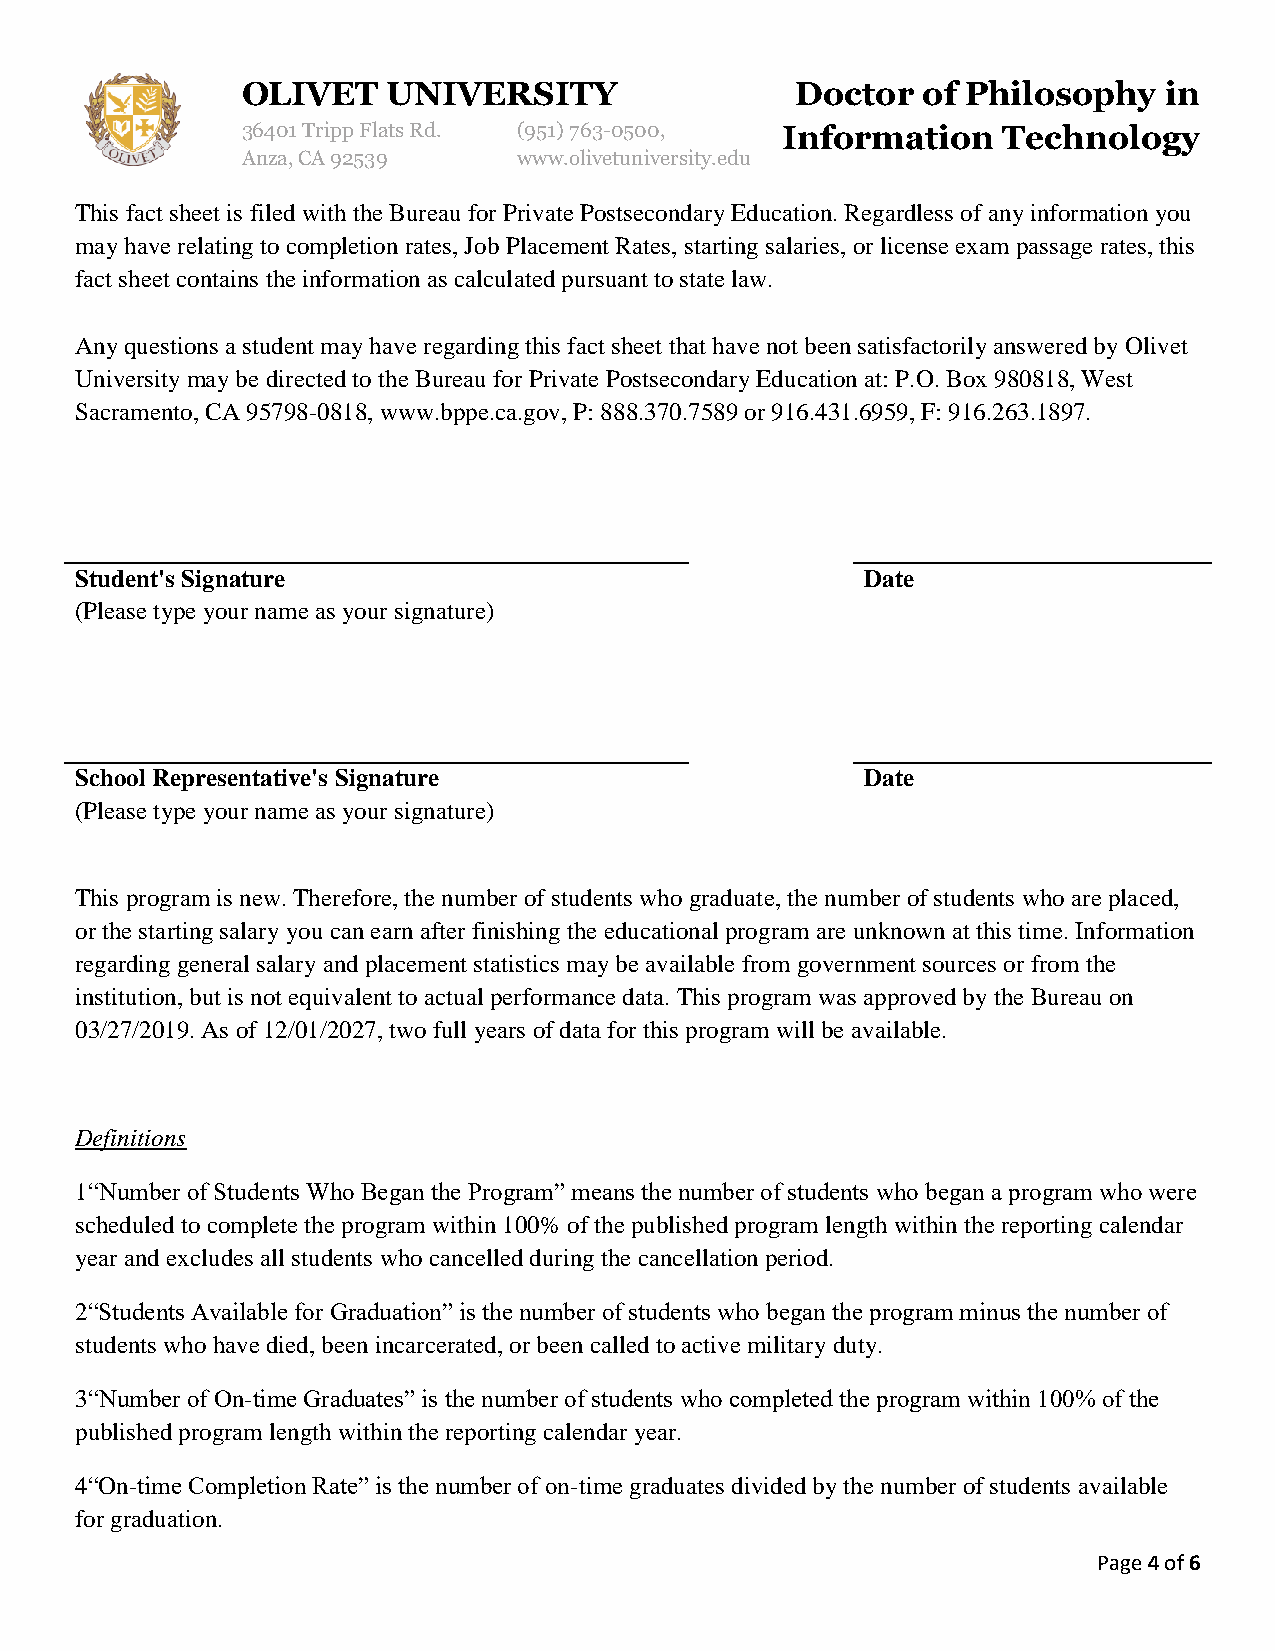
OLIVET    UNIVERSITY                 Doctor  of Philosophy   in
 36401 Tripp Flats Rd. (951)763-0500, Information  Technology
 Anza, CA 92539    www.olivetuniversity.edu
 This fact sheet is filed with the Bureau for Private Postsecondary Education. Regardless of any information you
 may have relating to completion rates, Job Placement Rates, starting salaries, or license exam passage rates, this
 fact sheet contains the information as calculated pursuant to state law.
 Any questions a student may have regarding this fact sheet that have not been satisfactorily answered by Olivet
 University may be directed to the Bureau for Private Postsecondary Education at: P.O. Box 980818, West
 Sacramento, CA 95798-0818, www.bppe.ca.gov, P: 888.370.7589 or 916.431.6959, F: 916.263.1897.
 Student's Signature                                 Date
 (Please type your name as your signature)
 School Representative's Signature                   Date
 (Please type your name as your signature)
 This program is new. Therefore, the number of students who graduate, the number of students who are placed,
 or the starting salary you can earn after finishing the educational program are unknown at this time. Information
 regarding general salary and placement statistics may be available from government sources or from the
 institution, but is not equivalent to actual performance data. This program was approved by the Bureau on
 03/27/2019. As of 12/01/2027, two full years of data for this program will be available.
 Definitions
 1“Number of Students Who Began the Program” means the number of students who began a program who were
 scheduled to complete the program within 100% of the published program length within the reporting calendar
 year and excludes all students who cancelled during the cancellation period.
 2“Students Available for Graduation” is the number of students who began the program minus the number of
 students who have died, been incarcerated, or been called to active military duty.
 3“Number of On-time Graduates” is the number of students who completed the program within 100% of the
 published program length within the reporting calendar year.
 4“On-time Completion Rate” is the number of on-time graduates divided by the number of students available
 for graduation.
 Page 4 of 6